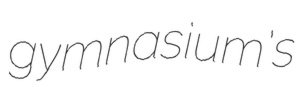
gymnasium's